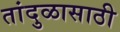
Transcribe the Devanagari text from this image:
तांदुळासाठी